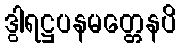
ဒွါရဋ္ဌပနမတ္တေနပိ